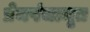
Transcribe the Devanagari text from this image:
प्रेमपंचामृत